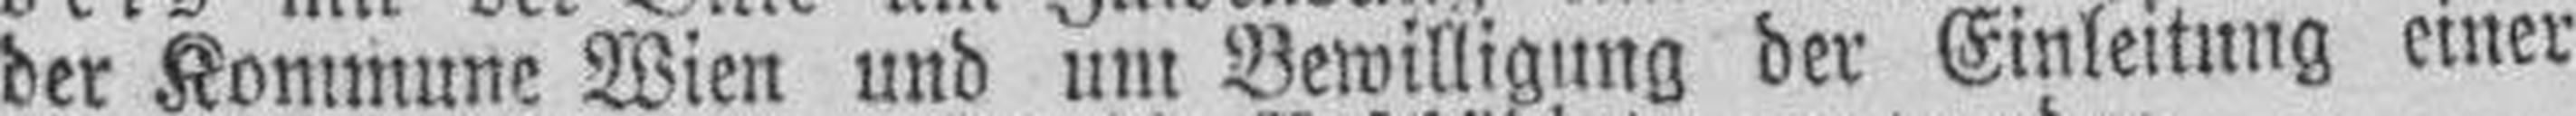
der Kommune Wien und um Bewilligung der Einleitung einer